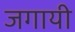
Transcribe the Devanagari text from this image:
जगायी